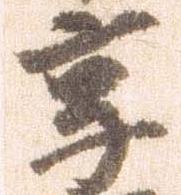
享